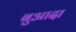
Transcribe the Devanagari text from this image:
बुआदा